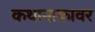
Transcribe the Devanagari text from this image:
कथानाकावर